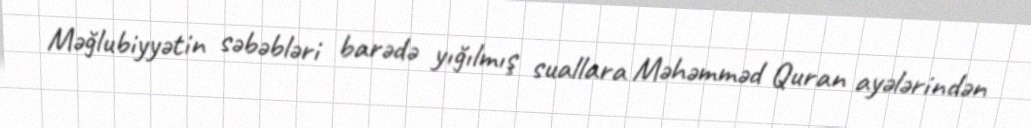
Məğlubiyyətin səbəbləri barədə yığılmış suallara Məhəmməd Quran ayələrindən